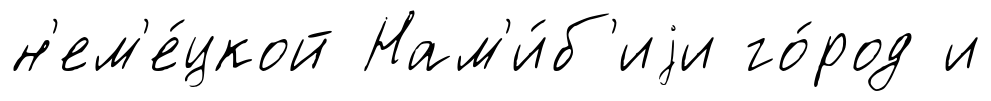
н'ем'е́цкой Нам'и́б'иjи го́род и